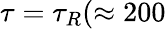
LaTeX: \tau=\tau_{R}(\approx 200